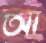
আ